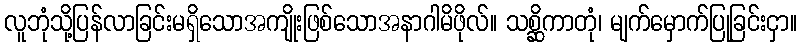
လူဘုံသို့ပြန်လာခြင်းမရှိသောအကျိုးဖြစ်သောအနာဂါမိဖိုလ်။ သစ္ဆိကာတုံ၊ မျက်မှောက်ပြုခြင်းငှာ။